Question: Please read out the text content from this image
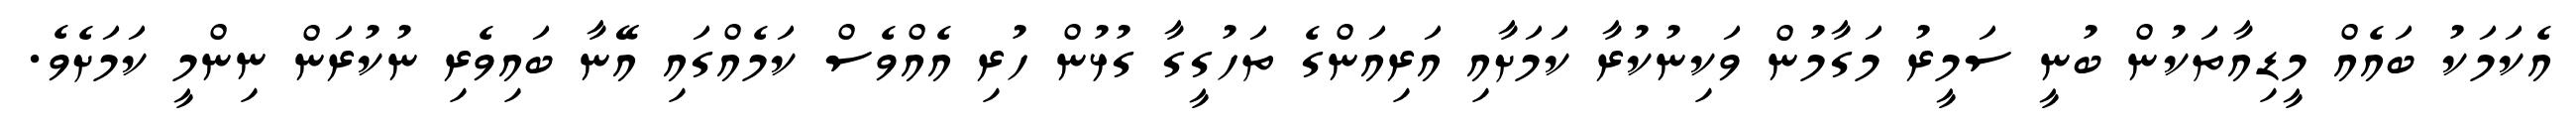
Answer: އެކަމަކު ބައެއް މީޑިއާތަކުން ބުނީ ސަމީރު މަގާމުން ވަކިނުކުރާ ކަމަށާއި އަރިއަންގެ ތަހުގީގާ ގުޅުން ހުރި އެއްވެސް ކަމެއްގައި އޭނާ ބައިވެރި ނުކުރަން ނިންމީ ކަމަށެވެ.